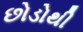
છોડોથી